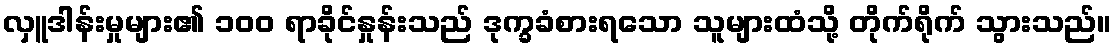
လှူဒါန်းမှုများ၏ ၁၀၀ ရာခိုင်နှုန်းသည် ဒုက္ခခံစားရသော သူများထံသို့ တိုက်ရိုက် သွားသည်။